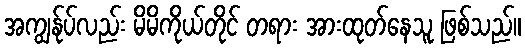
အကျွန်ုပ်လည်း မိမိကိုယ်တိုင် တရား အားထုတ်နေသူ ဖြစ်သည်။